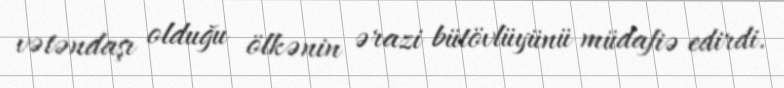
vətəndaşı olduğu ölkənin ərazi bütövlüyünü müdafiə edirdi.